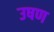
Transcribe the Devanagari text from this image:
उषण